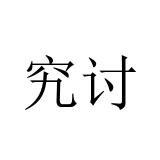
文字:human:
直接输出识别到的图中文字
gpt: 究讨